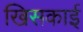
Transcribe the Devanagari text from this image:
खिसकाई